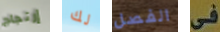
إرتجاج لك الفصل فى